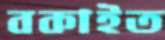
বকাইত